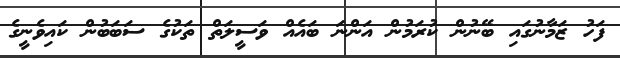
ފަހު ޒަމާނުގައި ބޭނުން ކުރަމުން އަންނަ ބައެއް ވަސީލަތް ތަކުގެ ސަބަބުން ކައިވެނީގެ